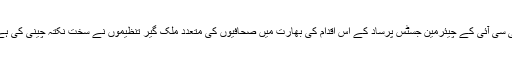
پی سی آئی کے چیئرمین جسٹس پرساد کے اس اقدام کی بھارت میں صحافیوں کی متعدد ملک گیر تنظیموں نے سخت نکتہ چینی کی ہے۔